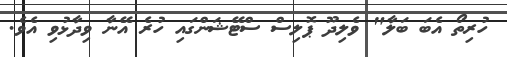
ހުރިތޯ އެބަ ބަލާ" ވެލިދޫ ޕޮލިސް ސްޓޭޝަންގައި ހުރެ އޭނާ ވިދާޅުވި އެވެ.